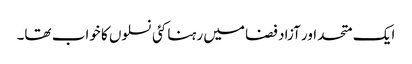
ایک متحد اور آزاد فضا میں رہنا کئی نسلوں کا خواب تھا۔